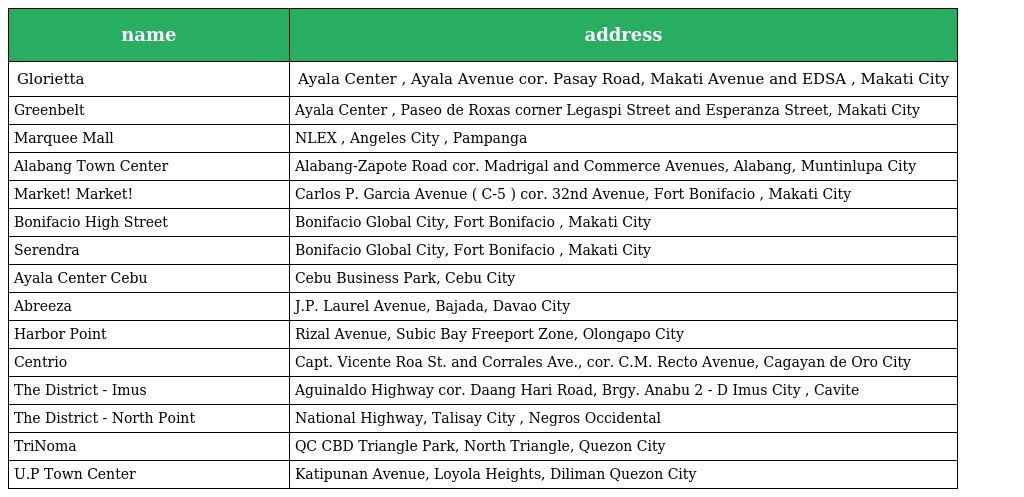
| name | address |
 | --- | --- |
 | Glorietta | Ayala Center , Ayala Avenue cor. Pasay Road, Makati Avenue and EDSA , Makati City |
 | Greenbelt | Ayala Center , Paseo de Roxas corner Legaspi Street and Esperanza Street, Makati City |
 | Marquee Mall | NLEX , Angeles City , Pampanga |
 | Alabang Town Center | Alabang-Zapote Road cor. Madrigal and Commerce Avenues, Alabang, Muntinlupa City |
 | Market! Market! | Carlos P. Garcia Avenue ( C-5 ) cor. 32nd Avenue, Fort Bonifacio , Makati City |
 | Bonifacio High Street | Bonifacio Global City, Fort Bonifacio , Makati City |
 | Serendra | Bonifacio Global City, Fort Bonifacio , Makati City |
 | Ayala Center Cebu | Cebu Business Park, Cebu City |
 | Abreeza | J.P. Laurel Avenue, Bajada, Davao City |
 | Harbor Point | Rizal Avenue, Subic Bay Freeport Zone, Olongapo City |
 | Centrio | Capt. Vicente Roa St. and Corrales Ave., cor. C.M. Recto Avenue, Cagayan de Oro City |
 | The District - Imus | Aguinaldo Highway cor. Daang Hari Road, Brgy. Anabu 2 - D Imus City , Cavite |
 | The District - North Point | National Highway, Talisay City , Negros Occidental |
 | TriNoma | QC CBD Triangle Park, North Triangle, Quezon City |
 | U.P Town Center | Katipunan Avenue, Loyola Heights, Diliman Quezon City |